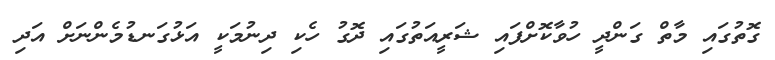
ގޮތުގައި މާތް ގަންދީ ހުވާކޮށްފައި ޝަރީއަތުގައި ދޮގު ހެކި ދިނުމަކީ އަޅުގަނޑުމެންނަށް އަދި